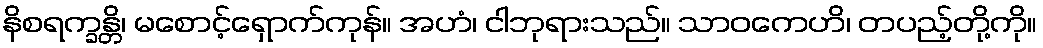
နိစရက္ခန္တိ၊ မစောင့်ရှောက်ကုန်။ အဟံ၊ ငါဘုရားသည်။ သာဝကေဟိ၊ တပည့်တို့ကို။